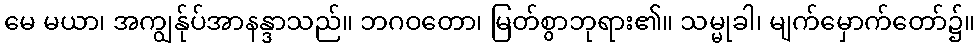
မေ မယာ၊ အကျွန်ုပ်အာနန္ဒာသည်။ ဘဂဝတော၊ မြတ်စွာဘုရား၏။ သမ္မုခါ၊ မျက်မှောက်တော်၌။